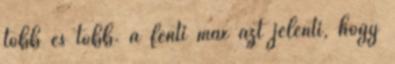
több és több. a fenti max azt jelenti, hogy